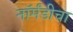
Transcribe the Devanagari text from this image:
नॉर्मंडीचा